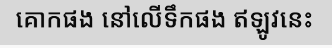
គោកផង នៅលើទឹកផង ឥឡូវនេះ